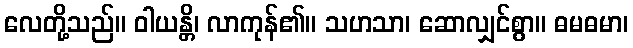
လေတို့သည်။ ဝါယန္တိ၊ လာကုန်၏။ သဟသာ၊ ဆောလျှင်စွာ။ ဓမဓမာ၊